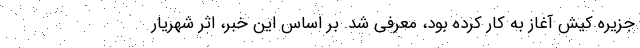
جزیره کیش آغاز به کار کرده بود، معرفی شد. بر اساس این خبر، اثر شهریار